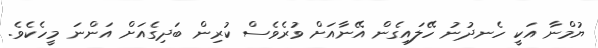
ޔުމްނާ އަކީ ހެނދުނު ހޭލައިގެން އޭނާއަށް ވުރެވެސް ކުރިން ބަދިގެއަށް އަންނަ މީހެކެވެ.